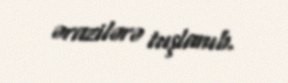
ərazilərə tuşlanıb.